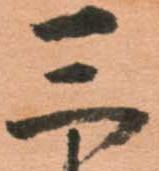
三